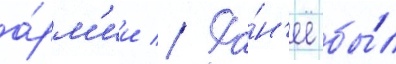
а́рм'ии // Ра́н'ее бы́л